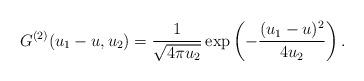
LaTeX: \begin{align*} G^{(2)}(u_1-{{u}},u_2)= \frac{1}{\sqrt{4\pi u_2}} \exp\left( -\frac{(u_1-{{u}})^2}{4u_2}\right). \end{align*}